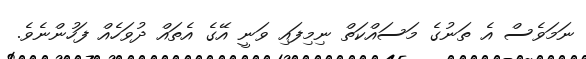
ނަމަވެސް އެ ތަނުގެ މަސައްކަތް ނިމިފައި ވަނީ އޭގެ އެތައް ދުވަހެއް ފަހުންނެވެ.